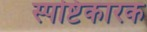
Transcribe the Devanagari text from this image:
स्पष्टिकारक